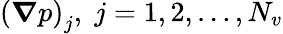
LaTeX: \left(\boldsymbol{\nabla}p\right)_{j},\; j=1,2,\ldots,N_{v}